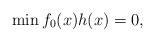
LaTeX: \begin{align*} \min f_0(x) h(x) = 0,\end{align*}